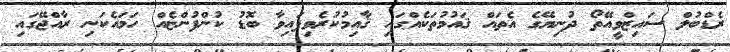
ރެޑްބުލް ސައިޒްވީއޭތޯ ދުނިޔޭގެ އެތައް ޤައުމުތަކެއްގައި ޤާއިމުކުރެވިފައިވާ ބޮޑު ކުންފުންޏެއް ހަމައެކަނި ރާއްޖޭގައި